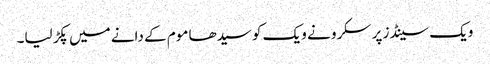
ویک سینڈز پر سکرو نے ویک کو سیدھا موم کے دانے میں پکڑ لیا۔